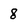
Character: 8